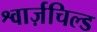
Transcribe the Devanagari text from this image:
श्वार्ज़चिल्ड